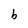
Character: b